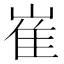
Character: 崔